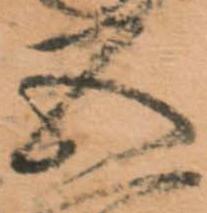
五